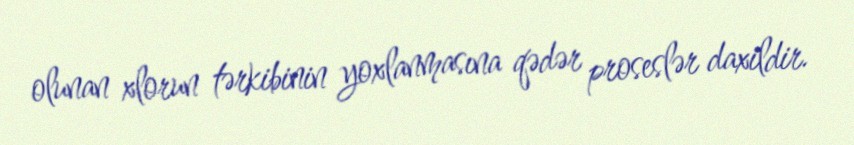
olunan xlorun tərkibinin yoxlanmasına qədər proseslər daxildir.